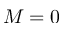
M = 0